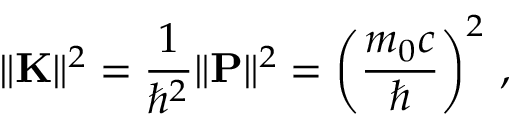
\| \mathbf { K } \| ^ { 2 } = { \frac { 1 } { \hbar ^ { 2 } } } \| \mathbf { P } \| ^ { 2 } = \left( { \frac { m _ { 0 } c } { \hbar } } \right) ^ { 2 } \, ,